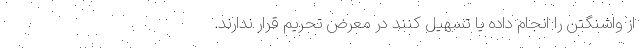
از واشنگتن را انجام داده یا تسهیل کنند در معرض تحریم قرار ندارند.